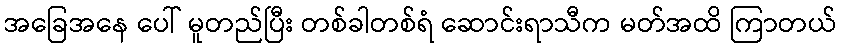
အခြေအနေ ပေါ် မူတည်ပြီး တစ်ခါတစ်ရံ ဆောင်းရာသီက မတ်အထိ ကြာတယ်